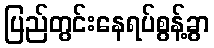
ပြည်တွင်းနေရပ်စွန့်ခွာ